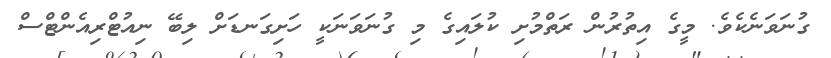
ގުނަވަނެކެވެ. މީގެ އިތުރުން ރަތްމުށި ކުލައިގެ މި ގުނަވަނަކީ ހަށިގަނޑަށް ލިބޭ ނިއުޓްރިއެންޓްސް